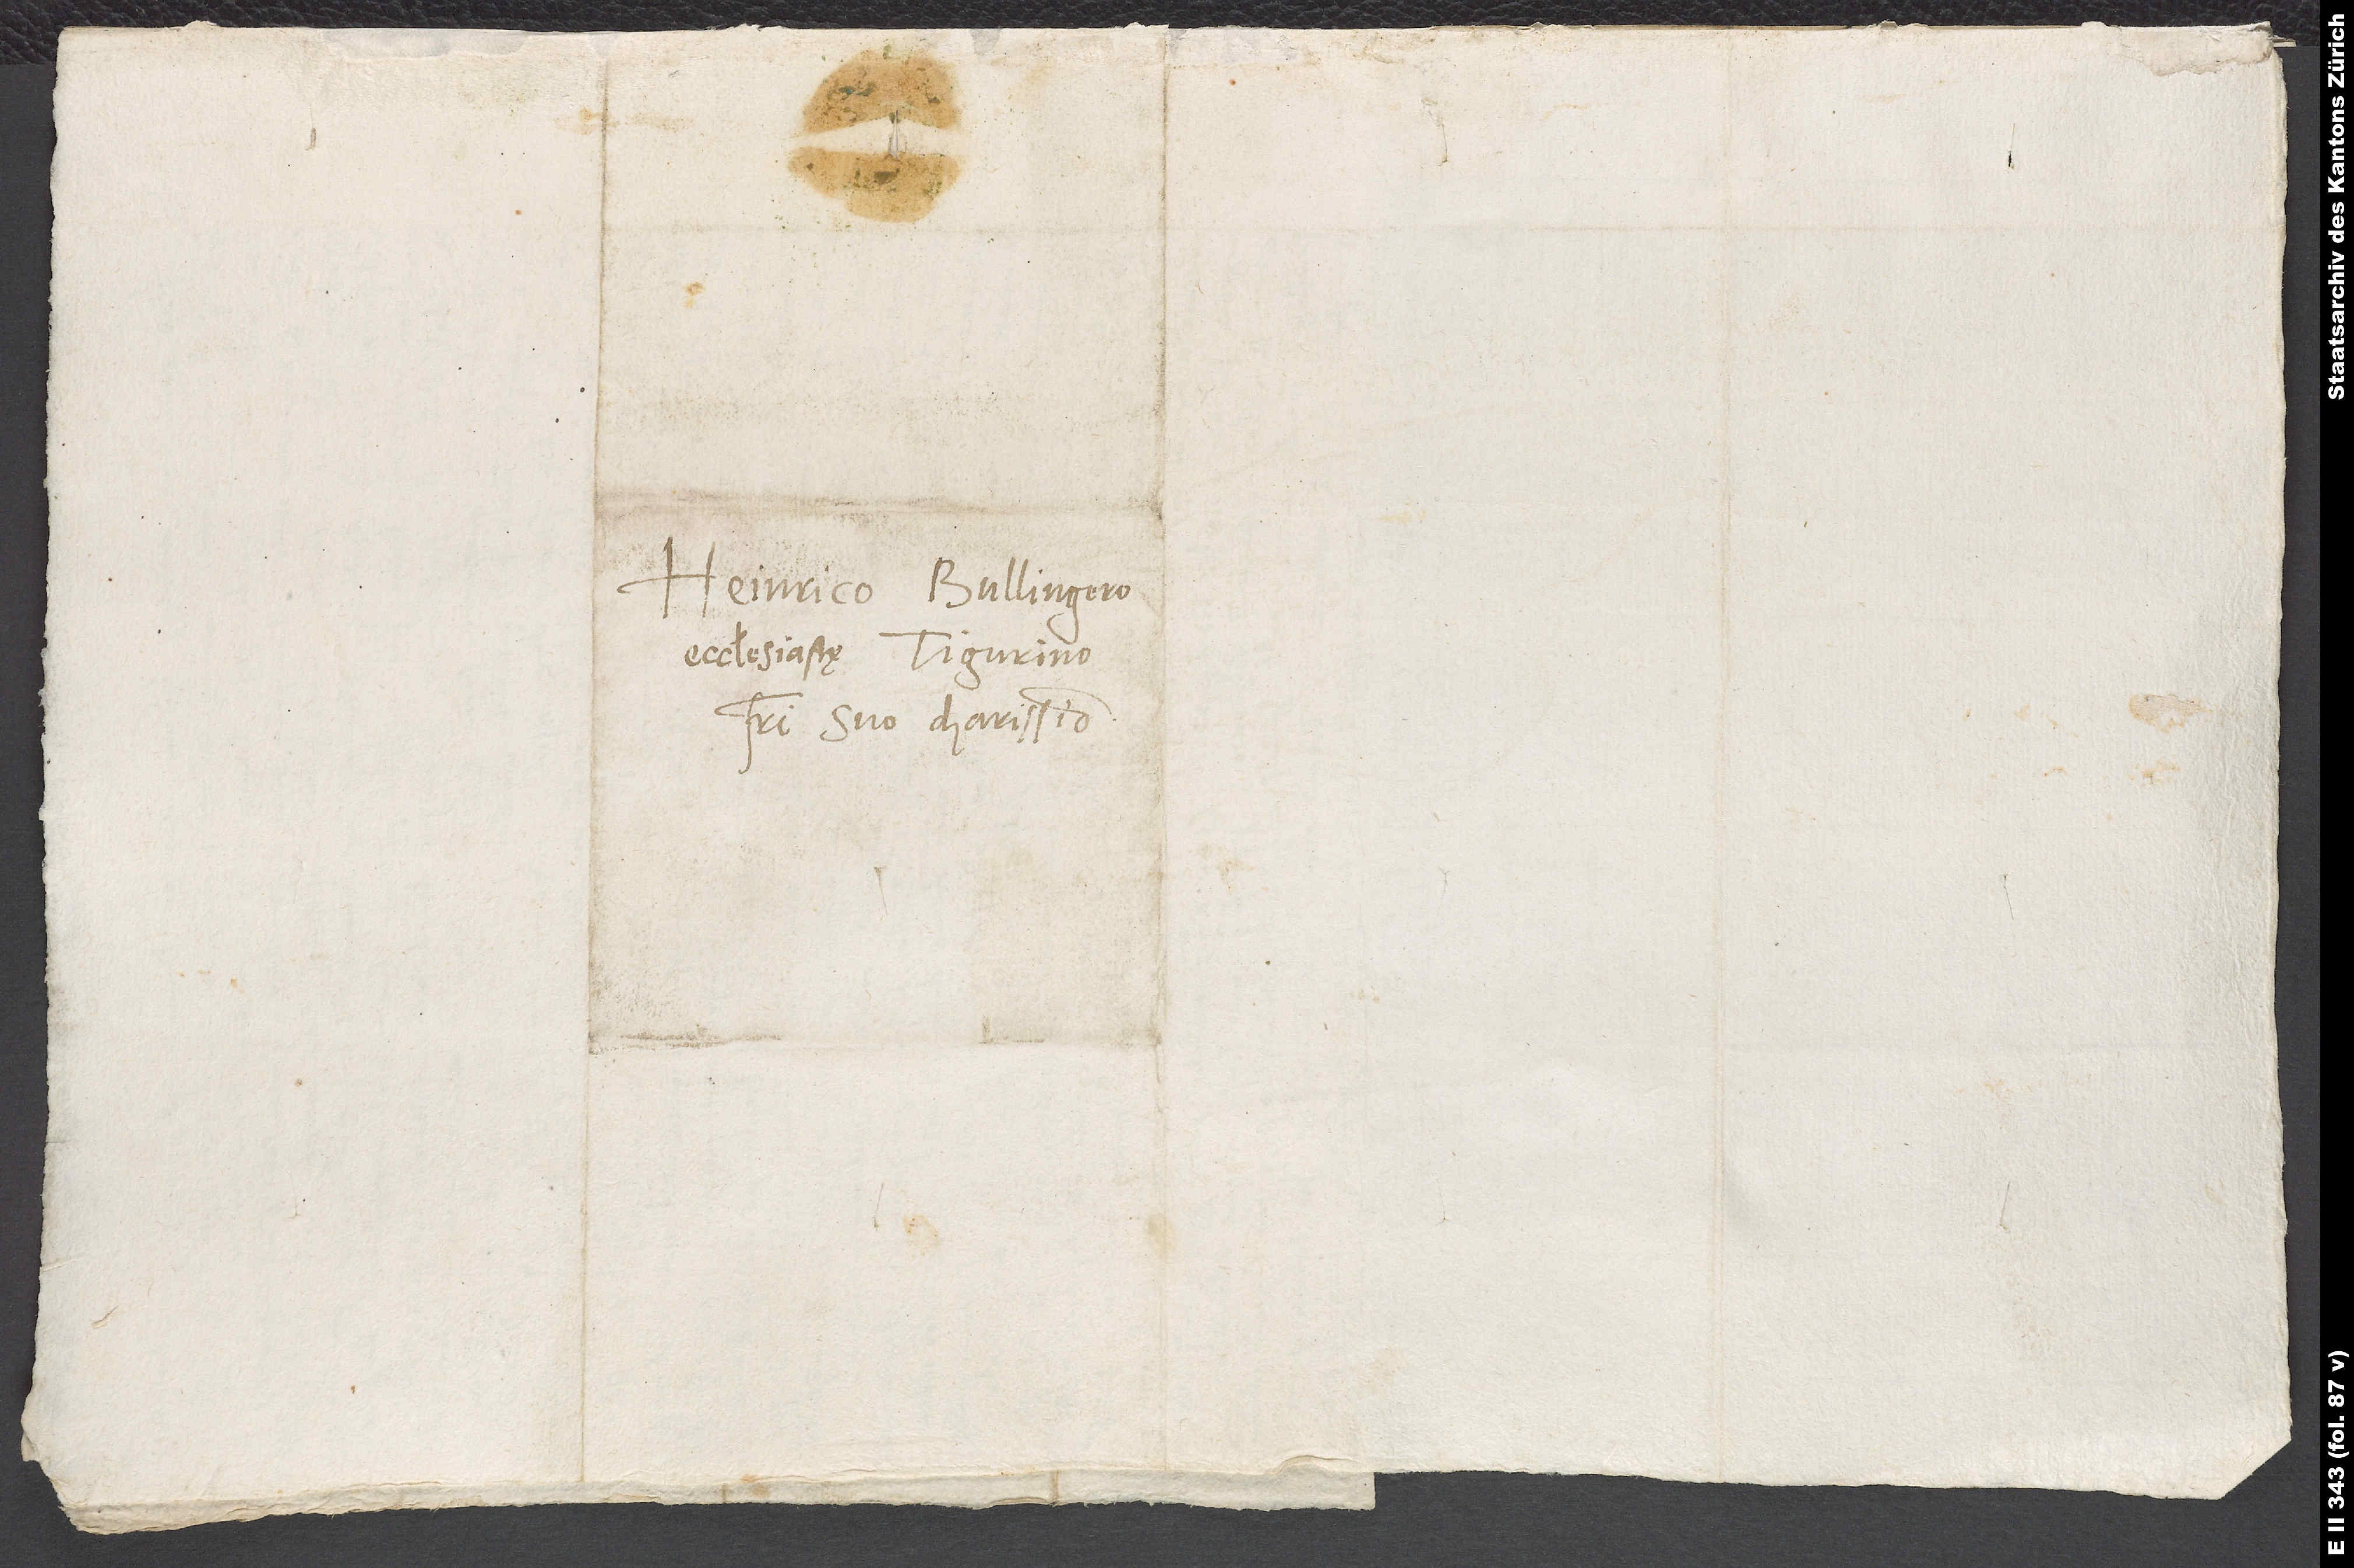
Heinrico Bullingero,
ecclesiastę Tigurino,
fratri suo charissimo.